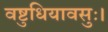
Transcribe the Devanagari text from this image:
वष्टुधियावसुः।